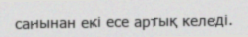
санынан екі есе артық келеді.